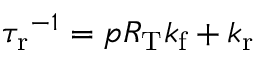
{ \tau _ { \mathrm { r } } } ^ { - 1 } = p R _ { \mathrm { T } } { k _ { \mathrm { f } } } + { k _ { \mathrm { r } } }